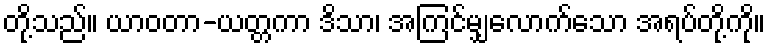
တို့သည်။ ယာဝတာ-ယတ္တကာ ဒိသာ၊ အကြင်မျှလောက်သော အရပ်တို့ကို။